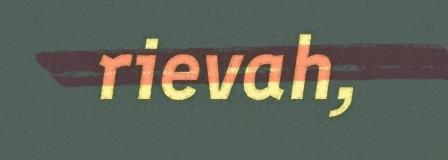
rievah,